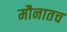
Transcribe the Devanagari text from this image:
मौनातच